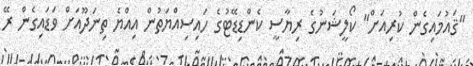
"ޤައުމައިގެން ކުރިއަށް" ކޯލީޝަނުގެ ރިޔާސީ ކެންޑިޑޭޓުގެ ހައިސިއްޔަތުން އިއްޔެ ތިނަދޫއަށް ވަޑައިގެން ރޭ